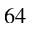
^ { 6 4 }